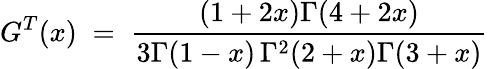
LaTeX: G^{T}(x)\; =\; {\frac{(1+2x)\Gamma(4+2x)}{3\Gamma(1-x)\, \Gamma^{2}(2+x)\Gamma(3+x)}}